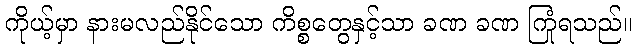
ကိုယ့်မှာ နားမလည်နိုင်သော ကိစ္စတွေနှင့်သာ ခဏ ခဏ ကြုံရသည်။